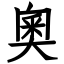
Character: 奧